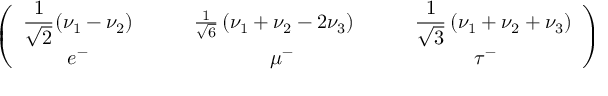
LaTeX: \left( \begin{array} { c c c } { { \displaystyle \frac { 1 } { \sqrt { 2 } } ( \nu _ { 1 } - \nu _ { 2 } ) \quad } } & { { \quad \frac { 1 } { \sqrt { 6 } } \left( \nu _ { 1 } + \nu _ { 2 } - 2 \nu _ { 3 } \right) \quad } } & { { \quad \displaystyle \frac { 1 } { \sqrt { 3 } } \left( \nu _ { 1 } + \nu _ { 2 } + \nu _ { 3 } \right) } } \\ { { e ^ { - } \quad } } & { { \quad \mu ^ { - } \: } } & { { \: \tau ^ { - } } } \end{array} \right)